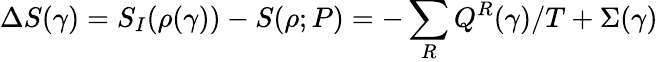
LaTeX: \Delta S(\gamma)=S_{I}(\rho(\gamma))-S(\rho;P)=-\sum_{R}Q^{R}(\gamma)/T+\Sigma(\gamma)